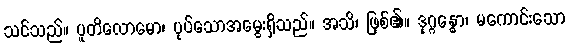
သင်သည်။ ပူတိလောမော၊ ပုပ်သောအမွေးရှိသည်။ အသိ၊ ဖြစ်၏။ ဒုဂ္ဂန္ဓော၊ မကောင်းသော